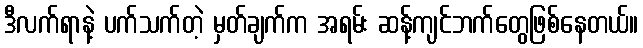
ဒီလက်ရာနဲ့ ပက်သက်တဲ့ မှတ်ချက်က အရမ်း ဆန့်ကျင်ဘက်တွေဖြစ်နေတယ်။